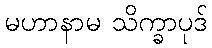
မဟာနာမ သိက္ခာပုဒ်